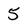
Character: 5